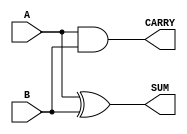
module half_adder (
    input wire A,    // First input bit
    input wire B,    // Second input bit
    output wire SUM, // Sum output (A XOR B)
    output wire CARRY // Carry output (A AND B)
);

// Logic for SUM and CARRY
assign SUM = A ^ B;    // SUM is the XOR of A and B
assign CARRY = A & B;  // CARRY is the AND of A and B

endmodule